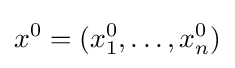
x^{0}=(x_{1}^{0},\ldots ,x_{n}^{0})